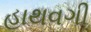
હાથવગી